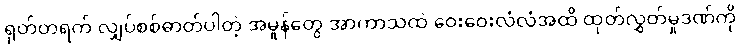
ရုတ်တရက် လျှပ်စစ်ဓာတ်ပါတဲ့ အမှုန်တွေ အာကာသထဲ ဝေးဝေးလံလံအထိ ထုတ်လွှတ်မှုဒဏ်ကို